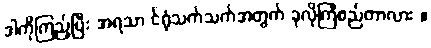
ဒါကိုကြည့်ပြီး အရသာ င်ရုံသက်သက်အတွက် ခုလိုကြံစည်တာလား ။